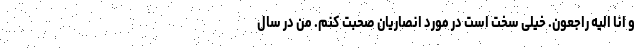
و انا الیه راجعون. خیلی سخت است در مورد انصاریان صحبت کنم. من در سال